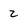
Character: z